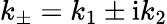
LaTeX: k_{\pm}=k_{1}\pm\mathrm{i}k_{2}